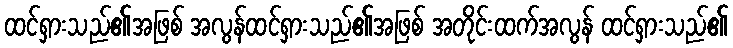
ထင်ရှားသည်၏အဖြစ် အလွန်ထင်ရှားသည်၏အဖြစ် အတိုင်းထက်အလွန် ထင်ရှားသည်၏